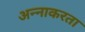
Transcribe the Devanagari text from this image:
अन्नाकरता